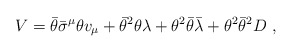
\begin{align*} V = \bar\theta\bar\sigma^\mu\theta v_\mu + \bar\theta^2 \theta\lambda + \theta^2 \bar\theta\bar\lambda + \theta^2\bar\theta^2 D~,\end{align*}